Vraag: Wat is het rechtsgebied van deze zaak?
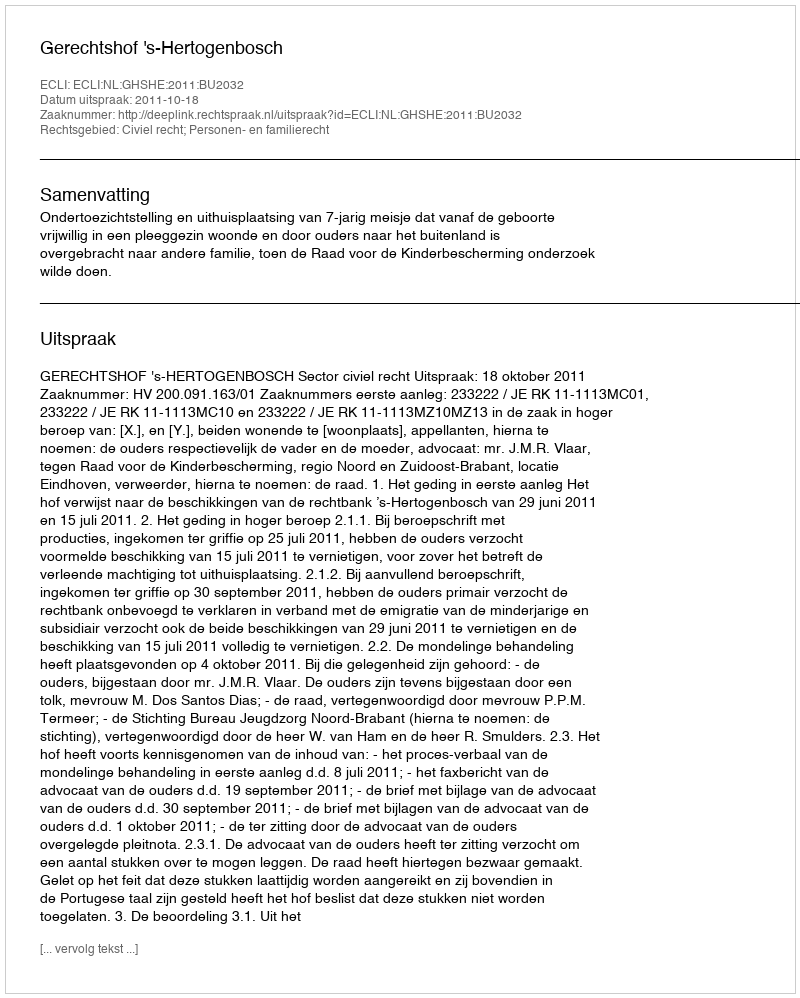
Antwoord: Civiel recht; Personen- en familierecht